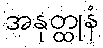
အနုတ္ထုနံ